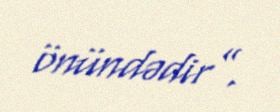
önündədir”.